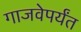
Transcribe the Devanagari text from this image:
गाजवेपर्यंत